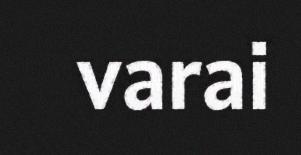
varai